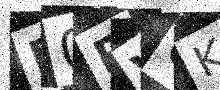
Text: P0RV0K